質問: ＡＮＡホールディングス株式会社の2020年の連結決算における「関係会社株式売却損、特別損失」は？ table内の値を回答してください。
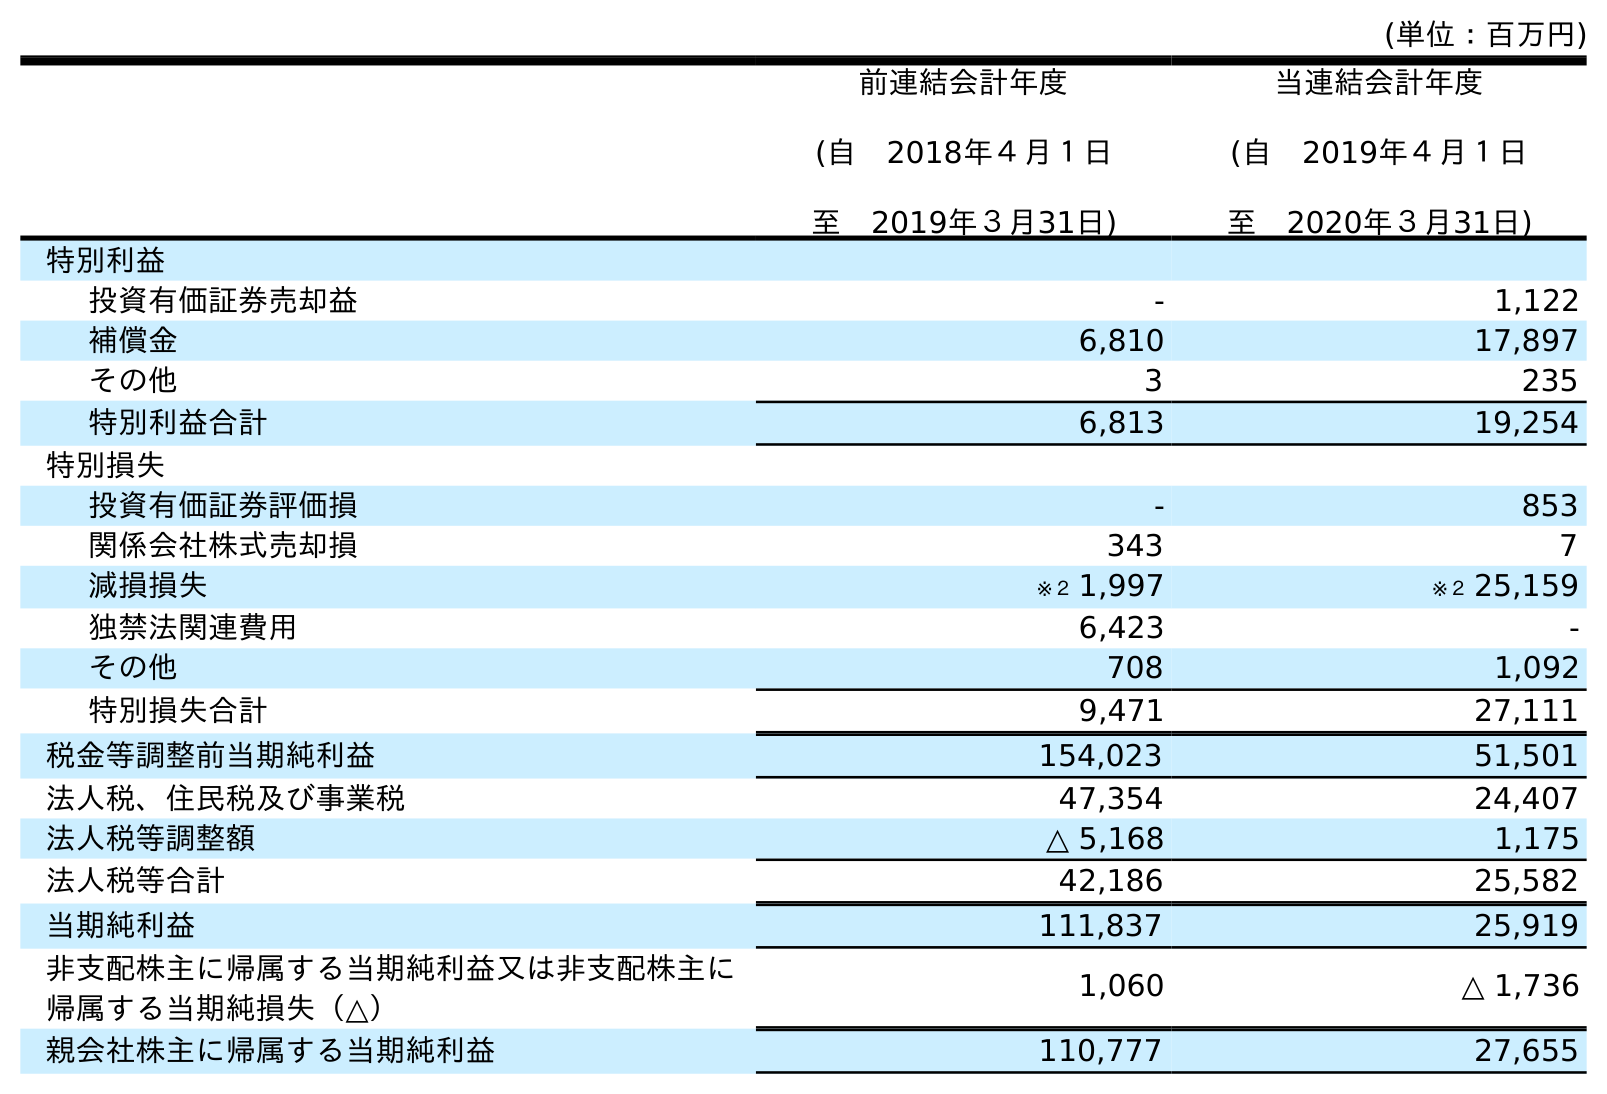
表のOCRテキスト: (単位：百万円) 前連結会計年度 (自 2018年４月１日 至 2019年３月31日) 当連結会計年度 (自 2019年４月１日 至 2020年３月31日) 特別利益 投資有価証券売却益 - 1,122 補償金 6,810 17,897 その他 3 235 特別利益合計 6,813 19,254 特別損失 投資有価証券評価損 - 853 関係会社株式売却損 343 7 減損損失 ※２ 1,997 ※２ 25,159 独禁法関連費用 6,423 - その他 708 1,092 特別損失合計 9,471 27,111 税金等調整前当期純利益 154,023 51,501 法人税、住民税及び事業税 47,354 24,407 法人税等調整額 △ 5,168 1,175 法人税等合計 42,186 25,582 当期純利益 111,837 25,919 非支配株主に帰属する当期純利益又は非支配株主に 帰属する当期純損失（△） 1,060 △ 1,736 親会社株主に帰属する当期純利益 110,777 27,655
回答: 7